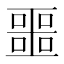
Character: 噩